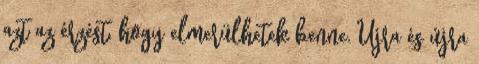
azt az érzést, hogy elmerülhetek benne. Újra és újra